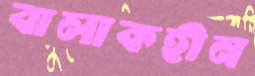
বালাকহীন